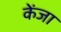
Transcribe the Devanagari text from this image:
केंजा